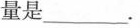
量是___.